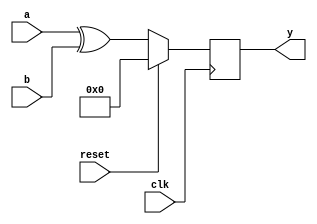
//********************************************************************                                        
//  DESCRIPTION: XOR                                         
//  MODULE NAME: xor_design
//********************************************************************
 `timescale 10 ns / 1 ps

 module xor_design( clk,
					reset,
					a,
					b,
					y);
 input clk;
 input reset;
 input [3:0] a, b;
 output reg [3:0]  y;

 always @(posedge clk)
	begin
		if(!reset)
			begin
				y<=a^b;
			end
		else
			begin
				y<=0;
			end
	end
 endmodule